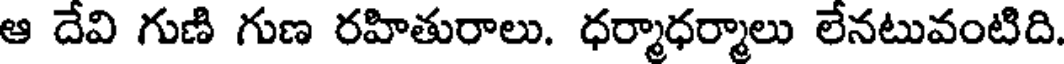
ఆ దేవి గుణి గుణ రహితురాలు. ధర్మాధర్మాలు లేనటువంటిది.